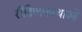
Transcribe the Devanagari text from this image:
रीतिव्यवस्थाओं